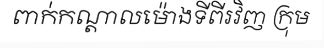
ពាក់កណ្តាលម៉ោងទីពីរវិញ ក្រុម